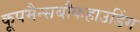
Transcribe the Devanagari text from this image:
कूपमैन्सबौकहाउडिंग